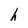
Character: h